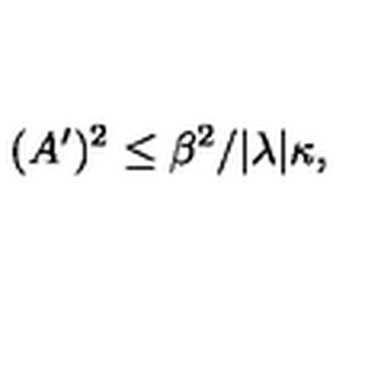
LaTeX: ( A ^ { \prime } ) ^ { 2 } \leq \beta ^ { 2 } / | \lambda | \kappa ,